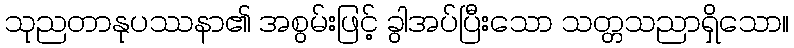
သုညတာနုပဿနာ၏ အစွမ်းဖြင့် ခွါအပ်ပြီးသော သတ္တသညာရှိသော။